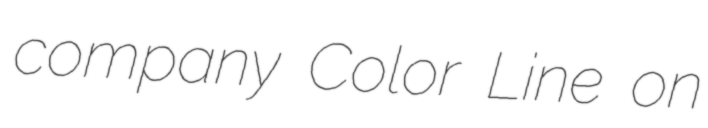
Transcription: company Color Line on